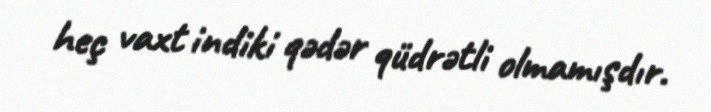
heç vaxt indiki qədər qüdrətli olmamışdır.